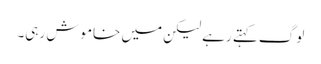
لوگ کہتے رہے لیکن میں خاموش رہی۔